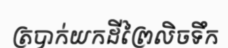
ត្របាក់យកដីព្រៃលិចទឹក